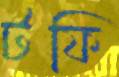
টফি